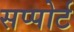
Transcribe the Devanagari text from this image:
सप्पोर्ट